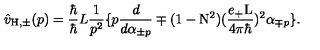
\hat { v } _ { \mathrm { H , \pm } } ( p ) = \frac { \hbar } { \hbar } { L } \frac { 1 } { p ^ { 2 } } \{ p \frac { d } { d { \alpha } _ { \pm p } } \mp ( 1 - \mathrm { N } ^ { 2 } ) ( \frac { e _ { + } \mathrm { L } } { 4 { \pi } { \hbar } } ) ^ { 2 } { \alpha } _ { \mp p } \} .